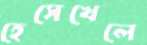
হেসেখেলে